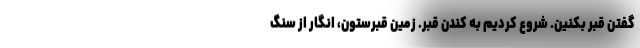
گفتن قبر بكنين. شروع كرديم به كندن قبر. زمين قبرستون، انگار از سنگ